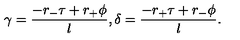
\gamma = { \frac { - r _ { - } \tau + r _ { + } \phi } { l } } , \delta = { \frac { - r _ { + } \tau + r _ { - } \phi } { l } } .